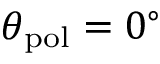
\theta _ { \mathrm { p o l } } = 0 ^ { \circ }